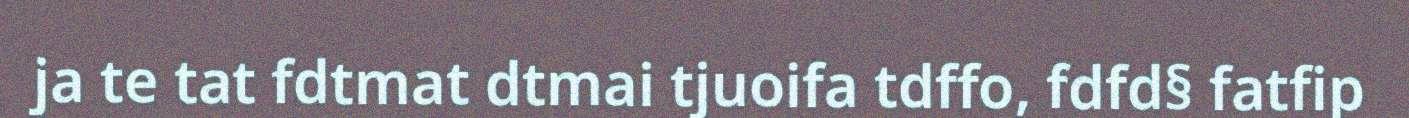
ja te tat fdtmat dtmai tjuoifa tdffo, fdfd§ fatfip